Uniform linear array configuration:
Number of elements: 16
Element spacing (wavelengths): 0.25
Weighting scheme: hamming
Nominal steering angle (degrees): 45
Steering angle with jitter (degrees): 46.775
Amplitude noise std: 0.05
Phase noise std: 0.05

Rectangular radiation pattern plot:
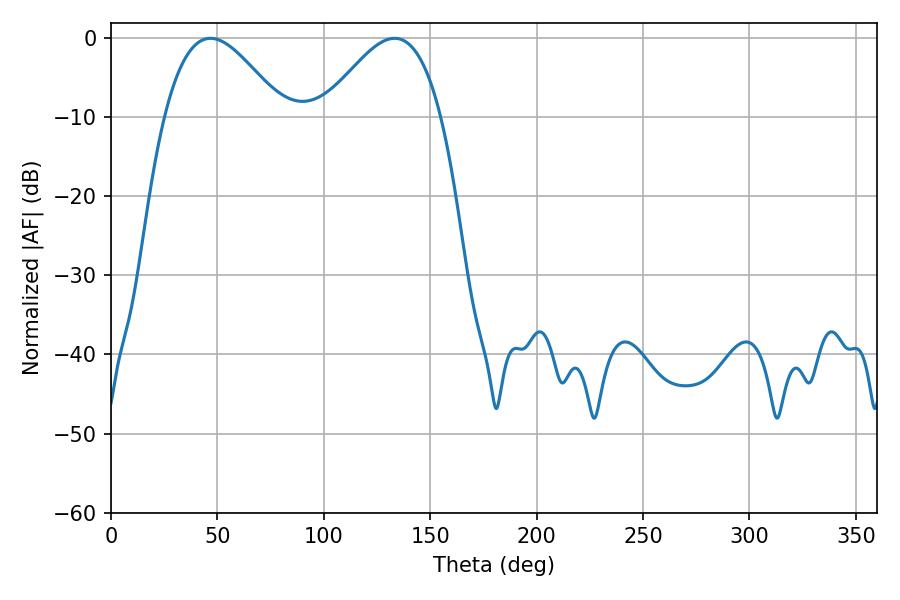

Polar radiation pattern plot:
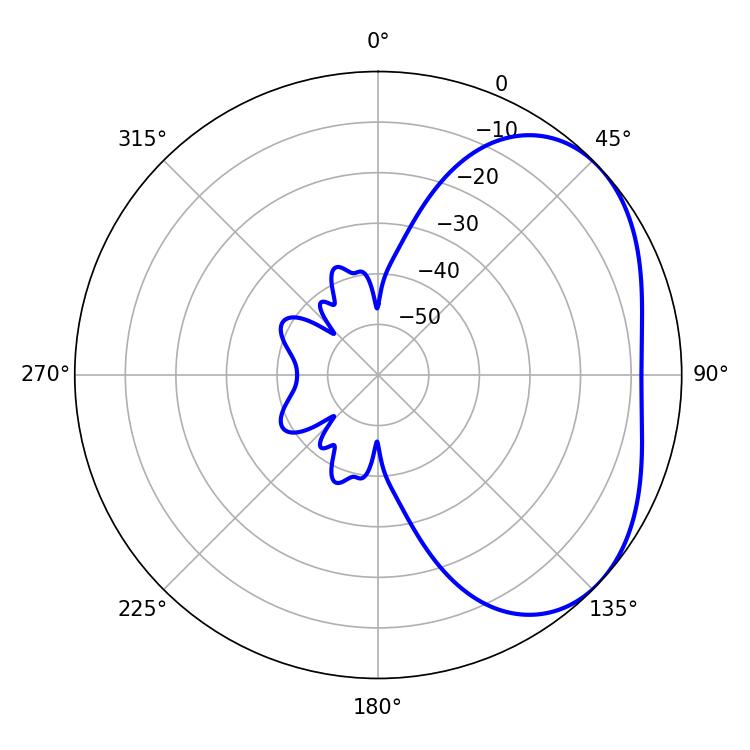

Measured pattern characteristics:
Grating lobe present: FALSE
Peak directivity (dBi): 3.475
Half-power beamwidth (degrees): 29.88
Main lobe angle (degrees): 46.8